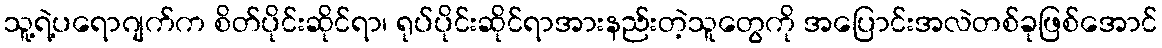
သူ့ရဲ့ပရောဂျက်က စိတ်ပိုင်းဆိုင်ရာ၊ ရုပ်ပိုင်းဆိုင်ရာအားနည်းတဲ့သူတွေကို အပြောင်းအလဲတစ်ခုဖြစ်အောင်